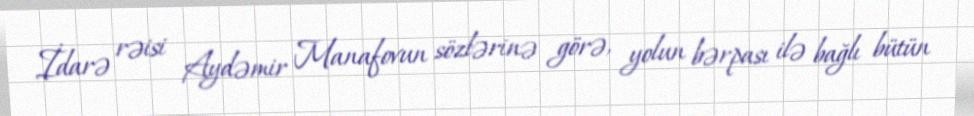
İdarə rəisi Aydəmir Manafovun sözlərinə görə, yolun bərpası ilə bağlı bütün